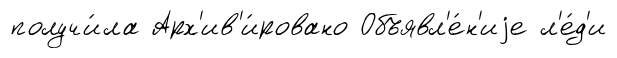
получи́ла Арх'ив'и́ровано Объявл'е́н'иjе л'е́д'и